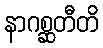
နာဂစ္ဆတီတိ